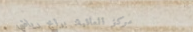
مركز العافية: برامج رياضي